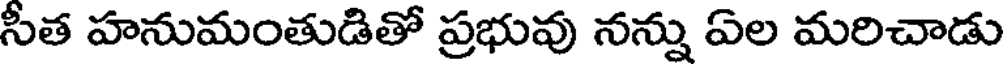
సీత హనుమంతుడితో ప్రభువు నన్ను ఏల మరిచాడు